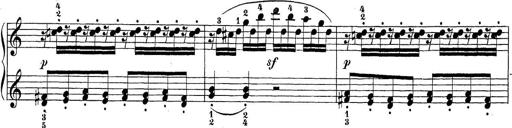
Title: Sonatina Album
Composer: Louis KÃ¶hler